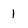
Character: 1